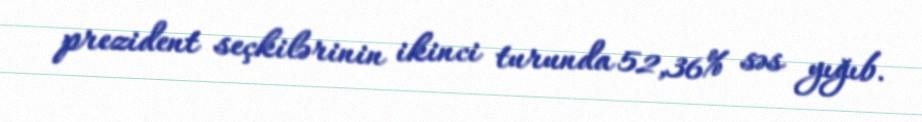
prezident seçkilərinin ikinci turunda 52,36% səs yığıb.